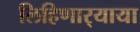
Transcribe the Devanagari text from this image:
लिहिणार्‍याया